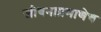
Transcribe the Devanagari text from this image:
जीवनाप्रमाणेच